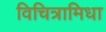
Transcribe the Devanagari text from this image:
विचित्रामिधा